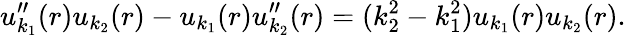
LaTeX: u_{k_{1}}^{\prime\prime}(r)u_{k_{2}}(r)-u_{k_{1}}(r)u_{k_{2}}^{\prime\prime}(r)=(k_{2}^{2}-k_{1}^{2})u_{k_{1}}(r)u_{k_{2}}(r).